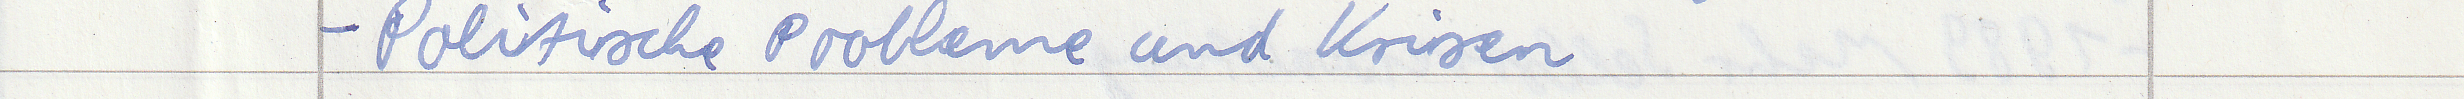
- Politische Probleme und Krisen